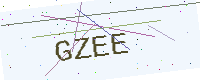
Text: GZEE